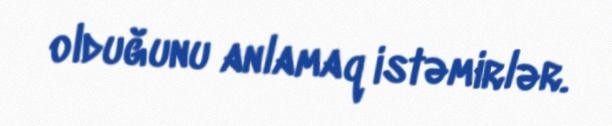
olduğunu anlamaq istəmirlər.